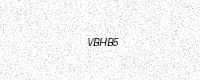
Text: VBHB5